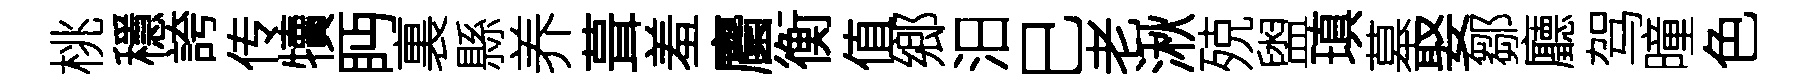
桃穩誇传犢眄裏縣养葺羞麕衡值鄉汨巳老湫殑盥瑱墓娶鄒廳驾曈色